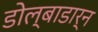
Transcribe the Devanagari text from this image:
डोल्बाडार्न